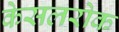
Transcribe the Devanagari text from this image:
केसलरोक